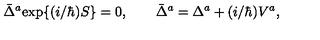
\bar { \Delta } ^ { a } \mathrm { e x p } \{ ( i / \hbar ) S \} = 0 , \qquad \bar { \Delta } ^ { a } = \Delta ^ { a } + ( i / \hbar ) V ^ { a } ,